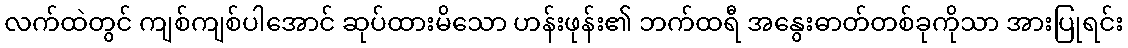
လက်ထဲတွင် ကျစ်ကျစ်ပါအောင် ဆုပ်ထားမိသော ဟန်းဖုန်း၏ ဘက်ထရီ အနွေးဓာတ်တစ်ခုကိုသာ အားပြုရင်း